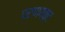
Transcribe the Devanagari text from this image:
प्रणयत्र